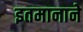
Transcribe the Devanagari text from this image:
इतमानाने